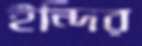
ইন্দির